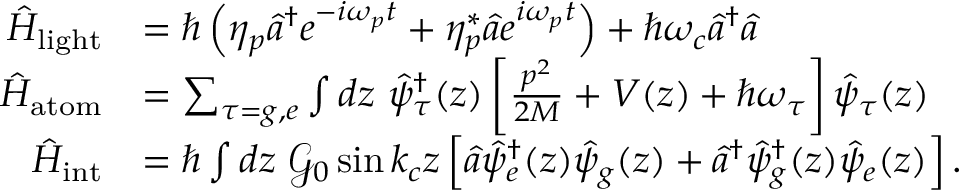
\begin{array} { r l } { \hat { H } _ { { \mathrm { l i g h t } } } } & { = \hbar \left( \eta _ { p } \hat { a } ^ { \dagger } e ^ { - i \omega _ { p } t } + \eta _ { p } ^ { * } \hat { a } e ^ { i \omega _ { p } t } \right) + \hbar \omega _ { c } \hat { a } ^ { \dagger } \hat { a } } \\ { \hat { H } _ { { \mathrm { a t o m } } } } & { = \sum _ { \tau = g , e } \int d z \ \hat { \psi } _ { \tau } ^ { \dagger } ( z ) \left[ \frac { p ^ { 2 } } { 2 M } + V ( z ) + \hbar \omega _ { \tau } \right] \hat { \psi } _ { \tau } ( z ) } \\ { \hat { H } _ { { \mathrm { i n t } } } } & { = \hbar \int d z \ \mathcal { G } _ { 0 } \sin k _ { c } z \left[ \hat { a } \hat { \psi } _ { e } ^ { \dagger } ( z ) \hat { \psi } _ { g } ( z ) + \hat { a } ^ { \dagger } \hat { \psi } _ { g } ^ { \dagger } ( z ) \hat { \psi } _ { e } ( z ) \right] . } \end{array}